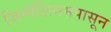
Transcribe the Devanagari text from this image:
जिम्नॅशियमपासून